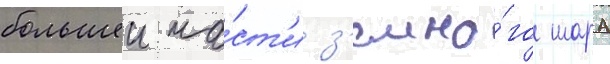
большеи ча́ст'и з'емно́го шара